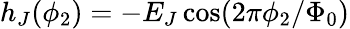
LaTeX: h_{J}(\phi_{2})=-E_{J}\cos(2\pi\phi_{2}/\Phi_{0})